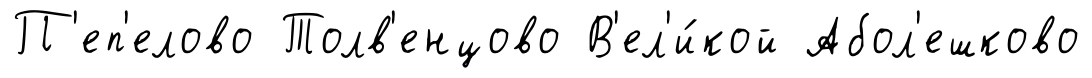
П'еп'елово Толв'енцово В'ел'и́кой Абол'ешково